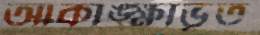
আকাঙ্ক্ষাভূত